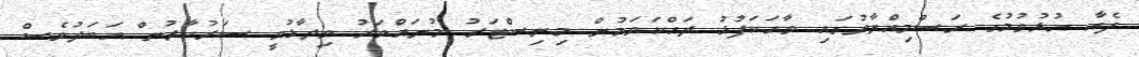
ފެއާ ހުޅުވުމުގެ ރަސްމިއްޔާތުގައި ވާހަކަފުޅު ދައްކަވަމުން މިނިސްޓަރު މުނައްވަރު ވިދާޅުވީ ސަރުކާރުން އަބަދުވެސް